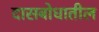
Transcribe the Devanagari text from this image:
दासबोधातील